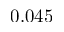
0 . 0 4 5